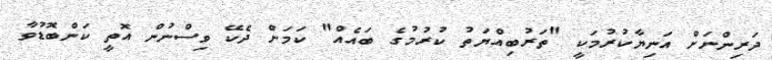
ދަރިންނަށް އަނިޔާކުރުމަކީ "ތަރުބިއްޔަތު ކުރުމުގެ ބައެއް" ކަމަށް ދެކޭ ވިސްނުން އޮތީ ކަންބޮޑުވާ